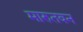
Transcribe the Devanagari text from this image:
मारुतवन